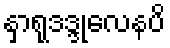
နှာရုဒဒ္ဒုလေနပိ